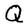
Character: Q